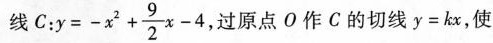
线C： $$y = - x^{2} + \frac{9}{2} x - 4$$ 过原点O作C的切线$$y = k x$$，使